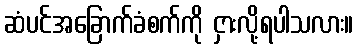
ဆံပင်အခြောက်ခံစက်ကို ငှားလို့ရပါသလား။